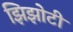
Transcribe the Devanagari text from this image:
झिझोटी